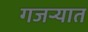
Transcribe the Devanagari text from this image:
गजर्‍यात